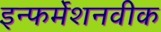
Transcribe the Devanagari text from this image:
इन्फर्मेशनवीक